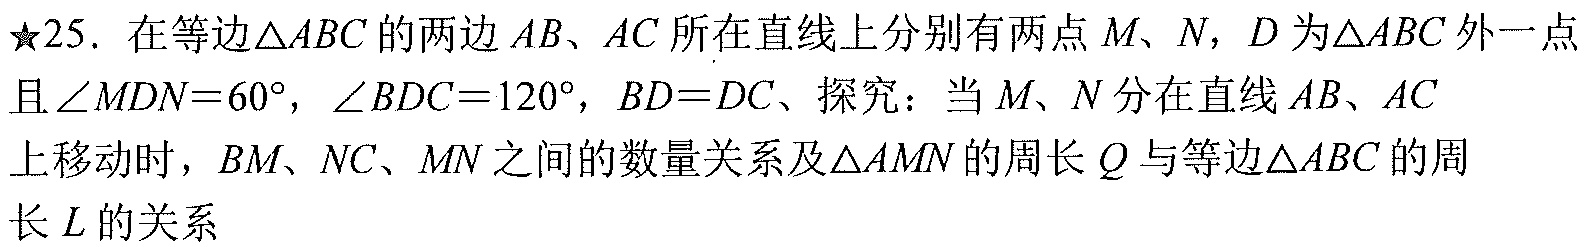
★25. 在等边$\triangle ABC$的两边$AB、AC$所在直线上分别有两点$M、N$，$D$为$\triangle ABC$外一点且$\angle MDN = 60^{\circ}$，$\angle BDC = 120^{\circ}$，$BD = DC$、探究：当$M、N$分在直线$AB、AC$上移动时，$BM、NC、MN$之间的数量关系及$\triangle AMN$的周长$Q$与等边$\triangle ABC$的周长$L$的关系